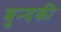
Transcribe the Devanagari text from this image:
बुन्दकी